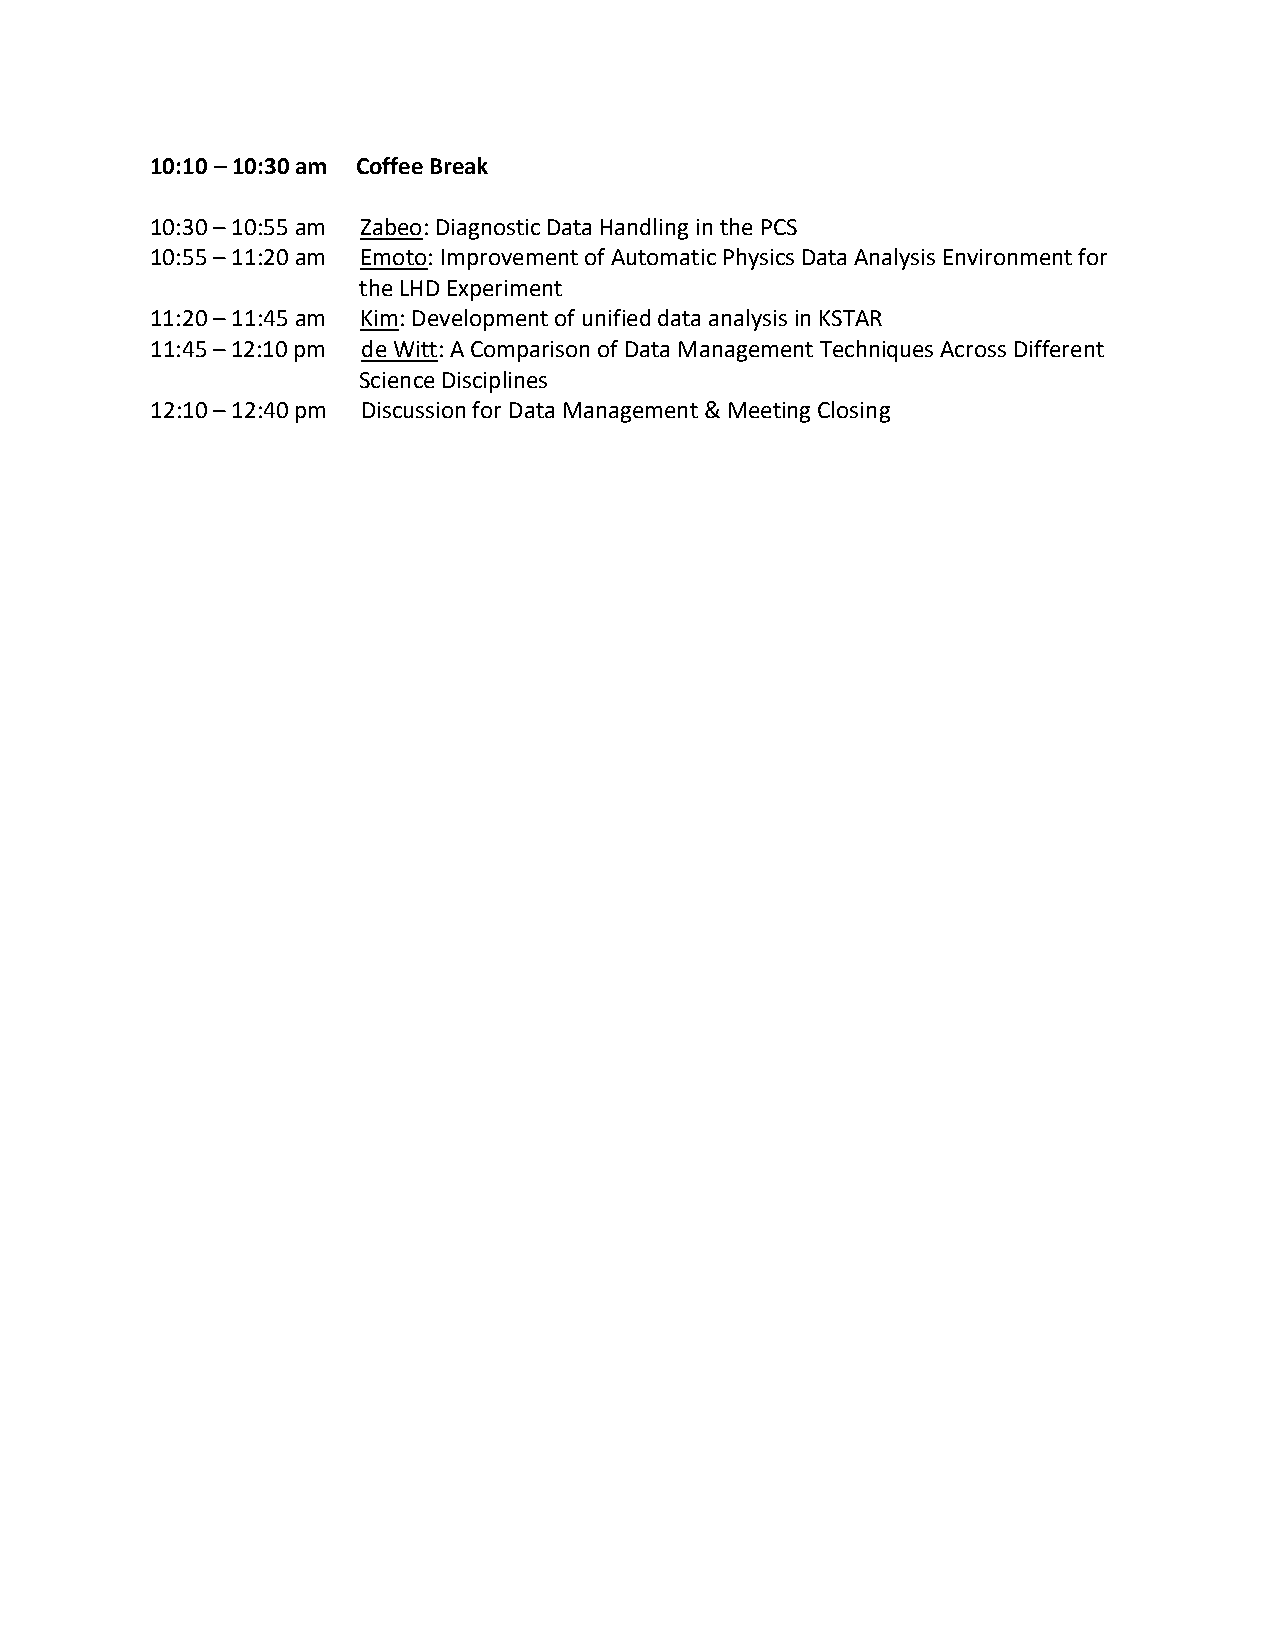
10:10 – 10:30 am Coffee Break
 10:30 – 10:55 am Zabeo: Diagnostic Data Handling in the PCS
 10:55 – 11:20 am Emoto: Improvement of Automatic Physics Data Analysis Environment for
 the LHD Experiment
 11:20 – 11:45 am Kim: Development of unified data analysis in KSTAR
 11:45 – 12:10 pm de Witt: A Comparison of Data Management Techniques Across Different
 Science Disciplines
 12:10 – 12:40 pm Discussion for Data Management & Meeting Closing